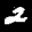
Label: 2